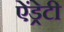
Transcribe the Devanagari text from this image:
ऐंड्रेटी